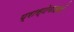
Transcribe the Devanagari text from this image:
प्रास्टेनाइडों